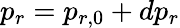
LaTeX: p_{r}=p_{r,0}+dp_{r}